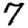
Digit: 7